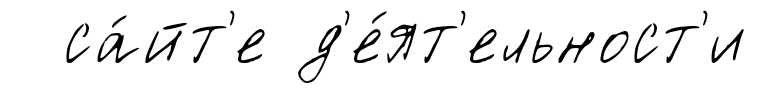
са́йт'е д'е́ят'ельност'и